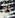
ما